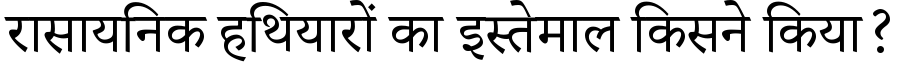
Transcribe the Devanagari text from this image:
रासायनिक हथियारों का इस्तेमाल किसने किया?